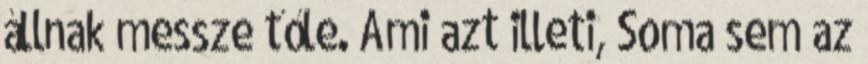
állnak messze tőle. Ami azt illeti, Soma sem az